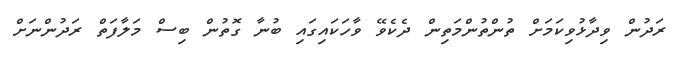
ރަދުން ވިދާޅުވިކަމަށް ތުންތުންމަތިން ދެކެވޭ ވާހަކައިގައި ބުނާ ގޮތުން ބިސް މަލާފަތް ރަދުންނަށް